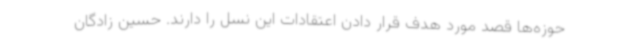
حوزه‌ها قصد مورد هدف قرار دادن اعتقادات این نسل را دارند. حسین زادگان